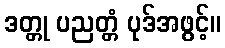
ဒတ္တု ပညတ္တံ ပုဒ်အဖွင့်။